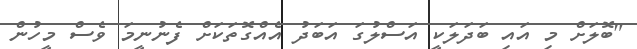
"ބޮލަށް މި އައި ބަދަލަކީ އަސްލުގަ އަބަދު އެއްގޮތަކަށް ފެނުނީމަ ވެސް މީހުން